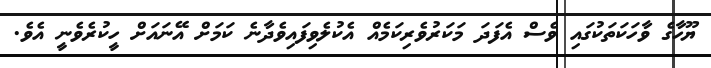
ޔޫހާގެ ވާހަކަތަކުގައި ވެސް އެފަދަ މަކަރުވެރިކަމެއް އެކުލެވިފައިވެދާނެ ކަމަށް އޭނައަށް ހީކުރެވެނީ އެވެ.